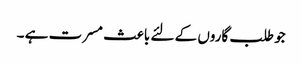
جو طلب گاروں کے لئے باعث مسرت ہے ۔